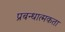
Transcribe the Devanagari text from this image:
प्रबन्धात्मकता